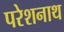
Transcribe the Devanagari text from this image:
परेशनाथ